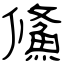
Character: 鯈